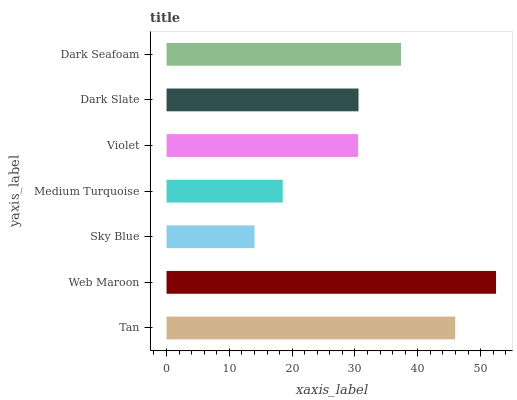
| yaxis_label | bars |
 | --- | --- |
 | Tan | 46 |
 | Web Maroon | 52.5 |
 | Sky Blue | 14 |
 | Medium Turquoise | 18.5 |
 | Violet | 30.5 |
 | Dark Slate | 30.6 |
 | Dark Seafoam | 37.3 |